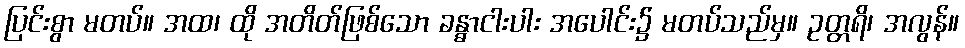
ပြင်းစွာ မတပ်။ အထ၊ ထို အတိတ်ဖြစ်သော ခန္ဓာငါးပါး အပေါင်း၌ မတပ်သည်မှ။ ဥတ္တရိ၊ အလွန်။